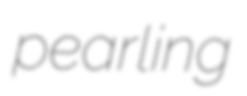
pearling